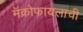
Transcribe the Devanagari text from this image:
मॅक्रोफायलाची